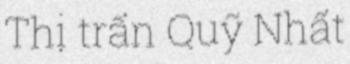
Thị trấn Quỹ Nhất